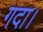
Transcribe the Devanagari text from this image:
गदा।